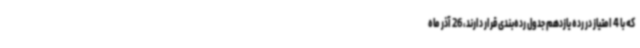
که با 4 امتیاز در رده یازدهم جدول رده‌بندی قرار دارند، 26 آذر ماه